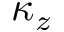
\kappa _ { z }